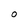
Character: O